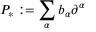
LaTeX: P _ { * } : = \sum _ { \alpha } b _ { \alpha } \partial ^ { \alpha }